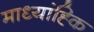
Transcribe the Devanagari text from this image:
माध्यांह्कि